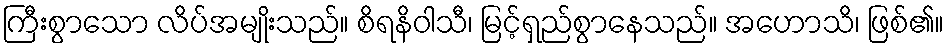
ကြီးစွာသော လိပ်အမျိုးသည်။ စိရနိဝါသီ၊ မြင့်ရှည်စွာနေသည်။ အဟောသိ၊ ဖြစ်၏။